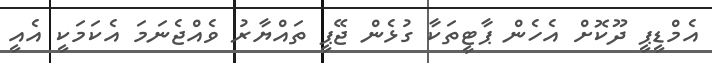
އެމްޑީޕީ ދޫކޮށް އެހެން ޕާޓީތަކާ ގުޅެން ޖޭޕީ ތައްޔާރު ވެއްޖެނަމަ އެކަމަކީ އެއީ